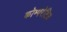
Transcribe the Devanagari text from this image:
कोम्परेटिव